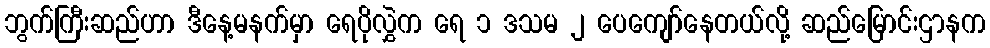
ဘွက်ကြီးဆည်ဟာ ဒီနေ့မနက်မှာ ရေပိုလွှဲက ရေ ၁ ဒသမ ၂ ပေကျော်နေတယ်လို့ ဆည်မြောင်းဌာနက